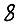
Digit: 8